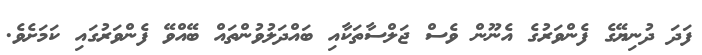
ފަދަ ދުނިޔޭގެ ފެންވަރުގެ އެނޫން ވެސް ޖަލްސާތަކާއި ބައްދަލުވުންތައް ބޭއްވޭ ފެންވަރުގައި ކަމަށެވެ.